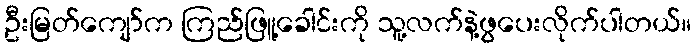
ဦးမြတ်ကျော်က ကြည်ဖြူ့ခေါင်းကို သူ့လက်နဲ့ဖွပေးလိုက်ပါတယ်။